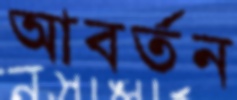
আবর্তন